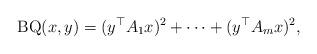
LaTeX: \begin{align*}{\rm BQ}(x,y)= (y^\top A_1 x)^2 + \cdots + (y^\top A_m x)^2,\end{align*}